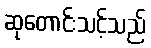
ဆုတောင်းသင့်သည်